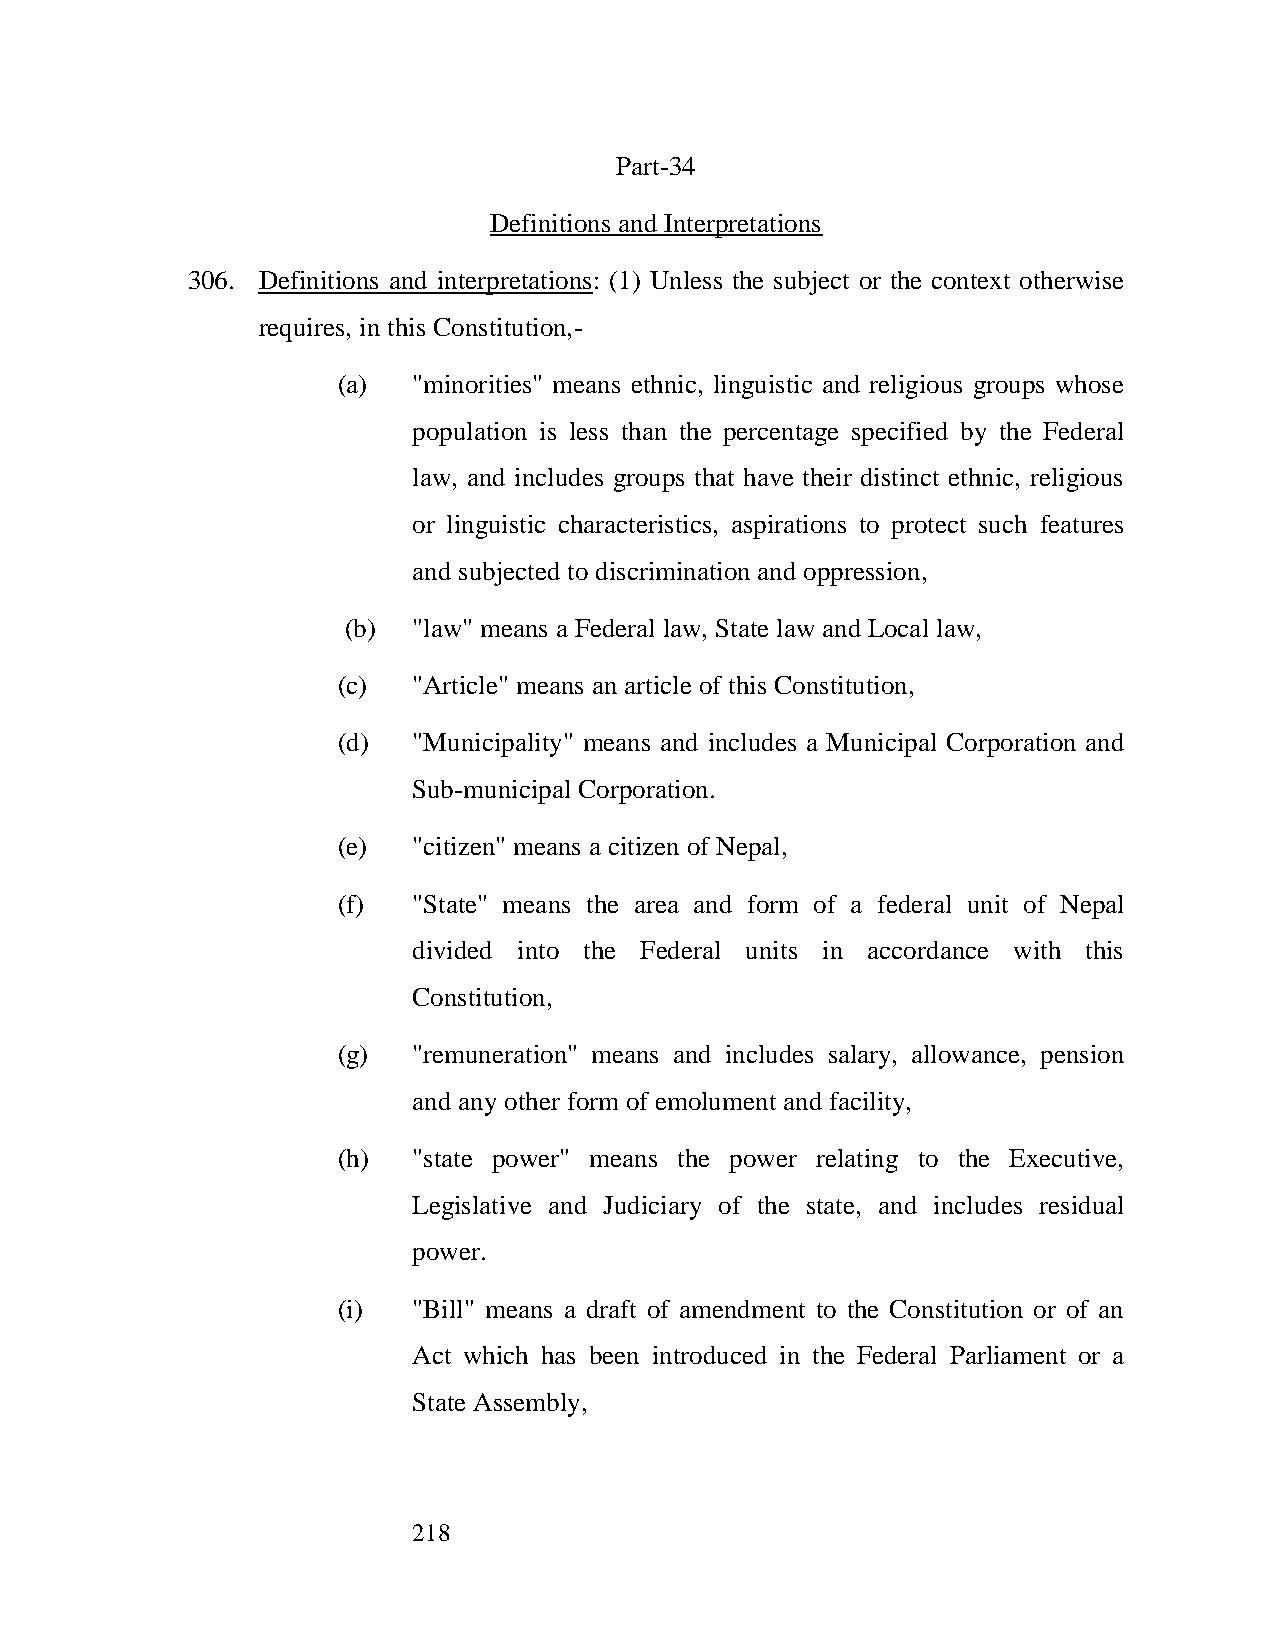
Part-34
 Definitions and Interpretations
 306. Definitions and interpretations: (1) Unless the subject or the context otherwise
 requires, in this Constitution,-
 (a)  "minorities" means ethnic, linguistic and religious groups whose
 population is less than the percentage specified by the Federal
 law, and includes groups that have their distinct ethnic, religious
 or linguistic characteristics, aspirations to protect such features
 and subjected to discrimination and oppression,
 (b) "law" means a Federal law, State law and Local law,
 (c)  "Article" means an article of this Constitution,
 (d)  "Municipality" means and includes a Municipal Corporation and
 Sub-municipal Corporation.
 (e)  "citizen" means a citizen of Nepal,
 (f)  "State" means the area and form of a federal unit of Nepal
 divided into the Federal units in accordance with this
 Constitution,
 (g)  "remuneration" means and includes salary, allowance, pension
 and any other form of emolument and facility,
 (h)  "state power" means the power relating to the Executive,
 Legislative and Judiciary of the state, and includes residual
 power.
 (i)  "Bill" means a draft of amendment to the Constitution or of an
 Act which has been introduced in the Federal Parliament or a
 State Assembly,
 218